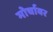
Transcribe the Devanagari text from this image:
मोर्चावर